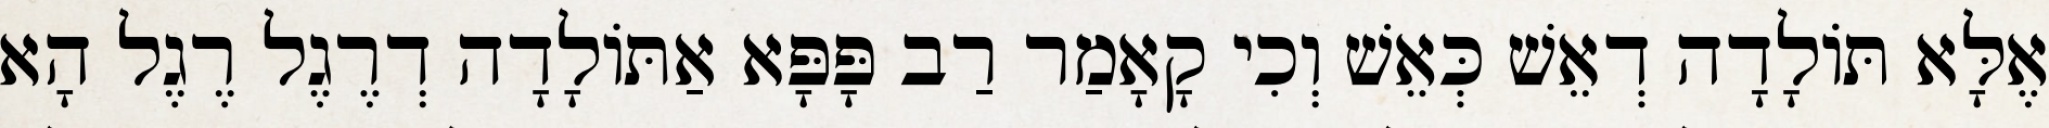
אֶלָּא תּוֹלָדָה דְאֵשׁ כְּאֵשׁ וְכִי קָאָמַר רַב פָּפָּא אַתּוֹלָדָה דְרֶגֶל רֶגֶל הָא